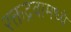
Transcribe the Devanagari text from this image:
रक्तद्रवामध्ये